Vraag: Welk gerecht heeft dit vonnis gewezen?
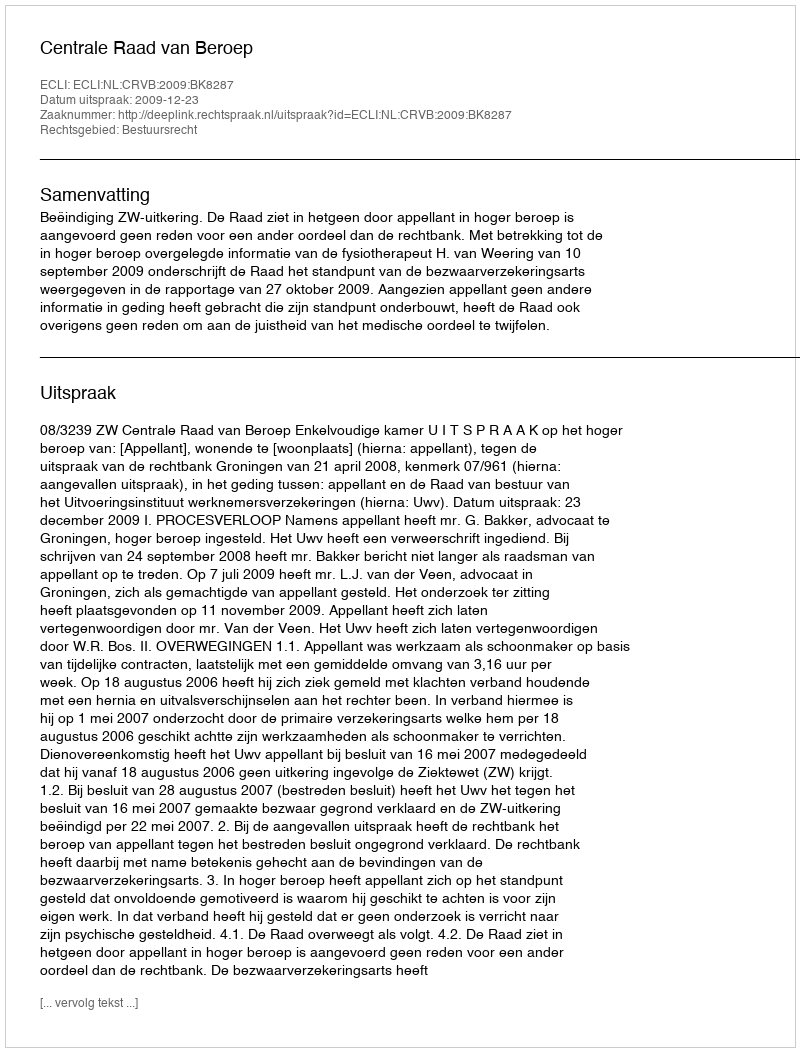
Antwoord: Centrale Raad van Beroep